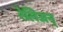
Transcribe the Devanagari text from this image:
रेलिजन्